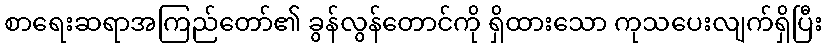
စာရေးဆရာအကြည်တော်၏ ခွန်လွန်တောင်ကို ရှိထားသော ကုသပေးလျက်ရှိပြီး